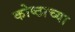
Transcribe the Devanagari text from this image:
कोष्ठाच्या